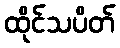
ထိုင်သပိတ်